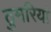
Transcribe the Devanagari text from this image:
ठुमरियां